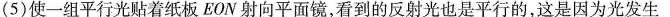
(5)使一组平行光贴着纸板EON射向平面镜，看到的反射光也是平行的，这是因为光发生